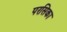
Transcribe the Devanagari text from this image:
परसिका